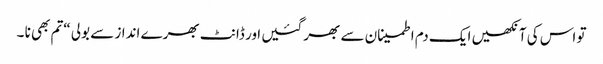
تو اس کی آنکھیں ایک دم اطمینان سے بھر گئیں ا ور ڈانٹ بھرے انداز سے بولی “تم بھی نا ۔